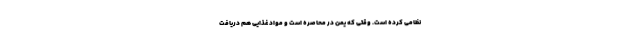
نظامی کرده است. وقتی که یمن در محاصره است و مواد غذایی هم دریافت